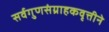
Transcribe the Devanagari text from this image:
सर्वगुणसंग्राहकवृत्तीने